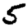
Digit: 5